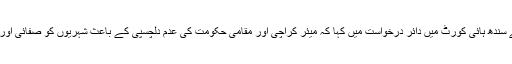
انسانی حقوق کے کارکن اقبال کاظمی نے سندھ ہائی کورٹ میں دائر درخواست میں کہا کہ میئر کراچی اور مقامی حکومت کی عدم دلچسپی کے باعث شہریوں کو صفائی اور کچرے کے سنگین مسئلے کا سامنا ہے۔